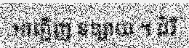
អញ្ជើញ ទន្សាយ ។ ដំរី